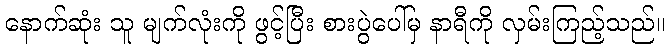
နောက်ဆုံး သူ မျက်လုံးကို ဖွင့်ပြီး စားပွဲပေါ်မှ နာရီကို လှမ်းကြည့်သည်။